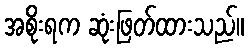
အစိုးရက ဆုံးဖြတ်ထားသည်။